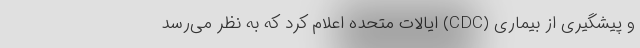
و پیشگیری از بیماری (CDC) ایالات متحده اعلام کرد که به نظر می‌رسد